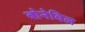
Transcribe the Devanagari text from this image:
बोनेविल